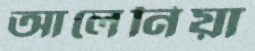
আলেনিয়া